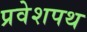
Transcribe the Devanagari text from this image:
प्रवेशपथ